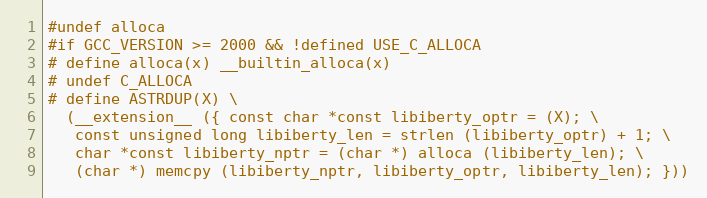
Language: C
#undef alloca
#if GCC_VERSION >= 2000 && !defined USE_C_ALLOCA
# define alloca(x) __builtin_alloca(x)
# undef C_ALLOCA
# define ASTRDUP(X) \
  (__extension__ ({ const char *const libiberty_optr = (X); \
   const unsigned long libiberty_len = strlen (libiberty_optr) + 1; \
   char *const libiberty_nptr = (char *) alloca (libiberty_len); \
   (char *) memcpy (libiberty_nptr, libiberty_optr, libiberty_len); }))